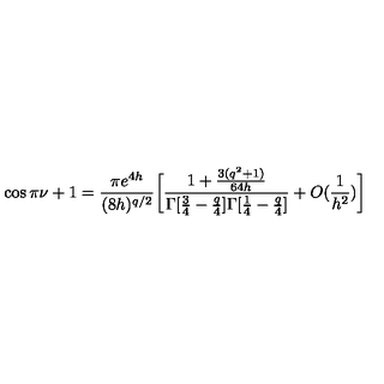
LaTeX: \cos \pi \nu + 1 = \frac { \pi e ^ { 4 h } } { ( 8 h ) ^ { q / 2 } } \bigg [ \frac { 1 + \frac { 3 ( q ^ { 2 } + 1 ) } { 6 4 h } } { \Gamma [ \frac { 3 } { 4 } - \frac { q } { 4 } ] \Gamma [ \frac { 1 } { 4 } - \frac { q } { 4 } ] } + O ( \frac { 1 } { h ^ { 2 } } ) \bigg ]